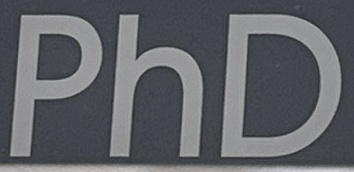
PD